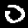
Digit: 0